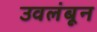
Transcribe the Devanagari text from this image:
उवलंबून